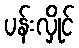
ပန်းလှိုင်